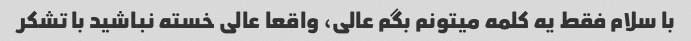
با سلام فقط یه کلمه میتونم بگم عالی، واقعا عالی خسته نباشید با تشکر